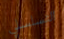
التسلسلي